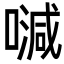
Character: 𠽦